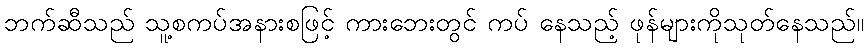
ဘက်ဆီသည် သူ့စကပ်အနားစဖြင့် ကားဘေးတွင် ကပ် နေသည့် ဖုန်များကိုသုတ်နေသည်။